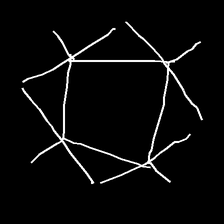
Glyph: light